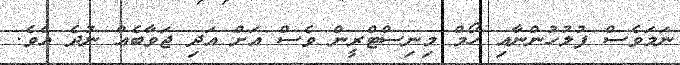
ނަމަވެސް ފުލުހުންނާއި ހޯމް މިނިސްޓްރީން ވެސް އަށް އަދި ޖަވާބެއް ނުދެ އެވެ.